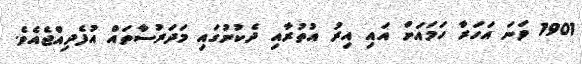
1901 ވަނަ އަހަރާ ހަމައަށް އައި އިރު އުތުރާއި ދެކުނުގައި މަދަރުސާތައް އުފެދިއްޖެއެވެ.